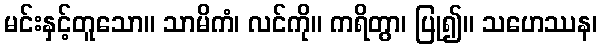
မင်းနှင့်တူသော။ သာမိကံ၊ လင်ကို။ ကရိတွာ၊ ပြု၍။ သဟေဿန၊